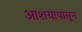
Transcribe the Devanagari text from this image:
आशयापासून